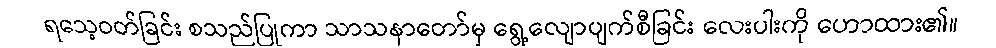
ရသေ့ဝတ်ခြင်း စသည်ပြုကာ သာသနာတော်မှ ရွေ့လျောပျက်စီခြင်း လေးပါးကို ဟောထား၏။